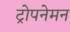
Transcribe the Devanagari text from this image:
ट्रोपनेमन